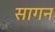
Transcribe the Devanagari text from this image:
सागन